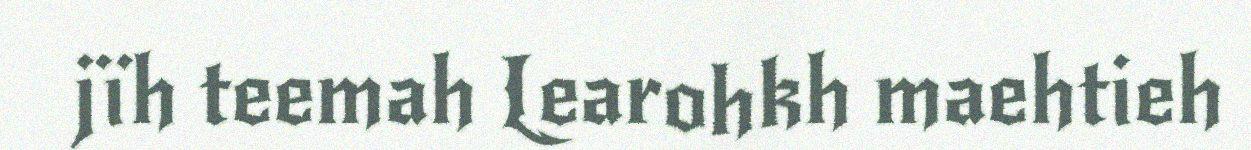
jïh teemah Learohkh maehtieh